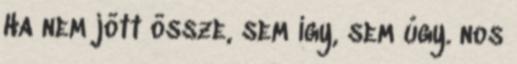
Ha nem jött össze, sem így, sem úgy. nos